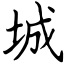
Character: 城